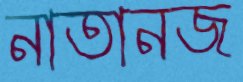
নাতানজ